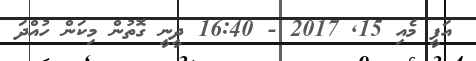
އަފީ މެއި 15